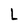
Character: L